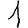
Digit: 1